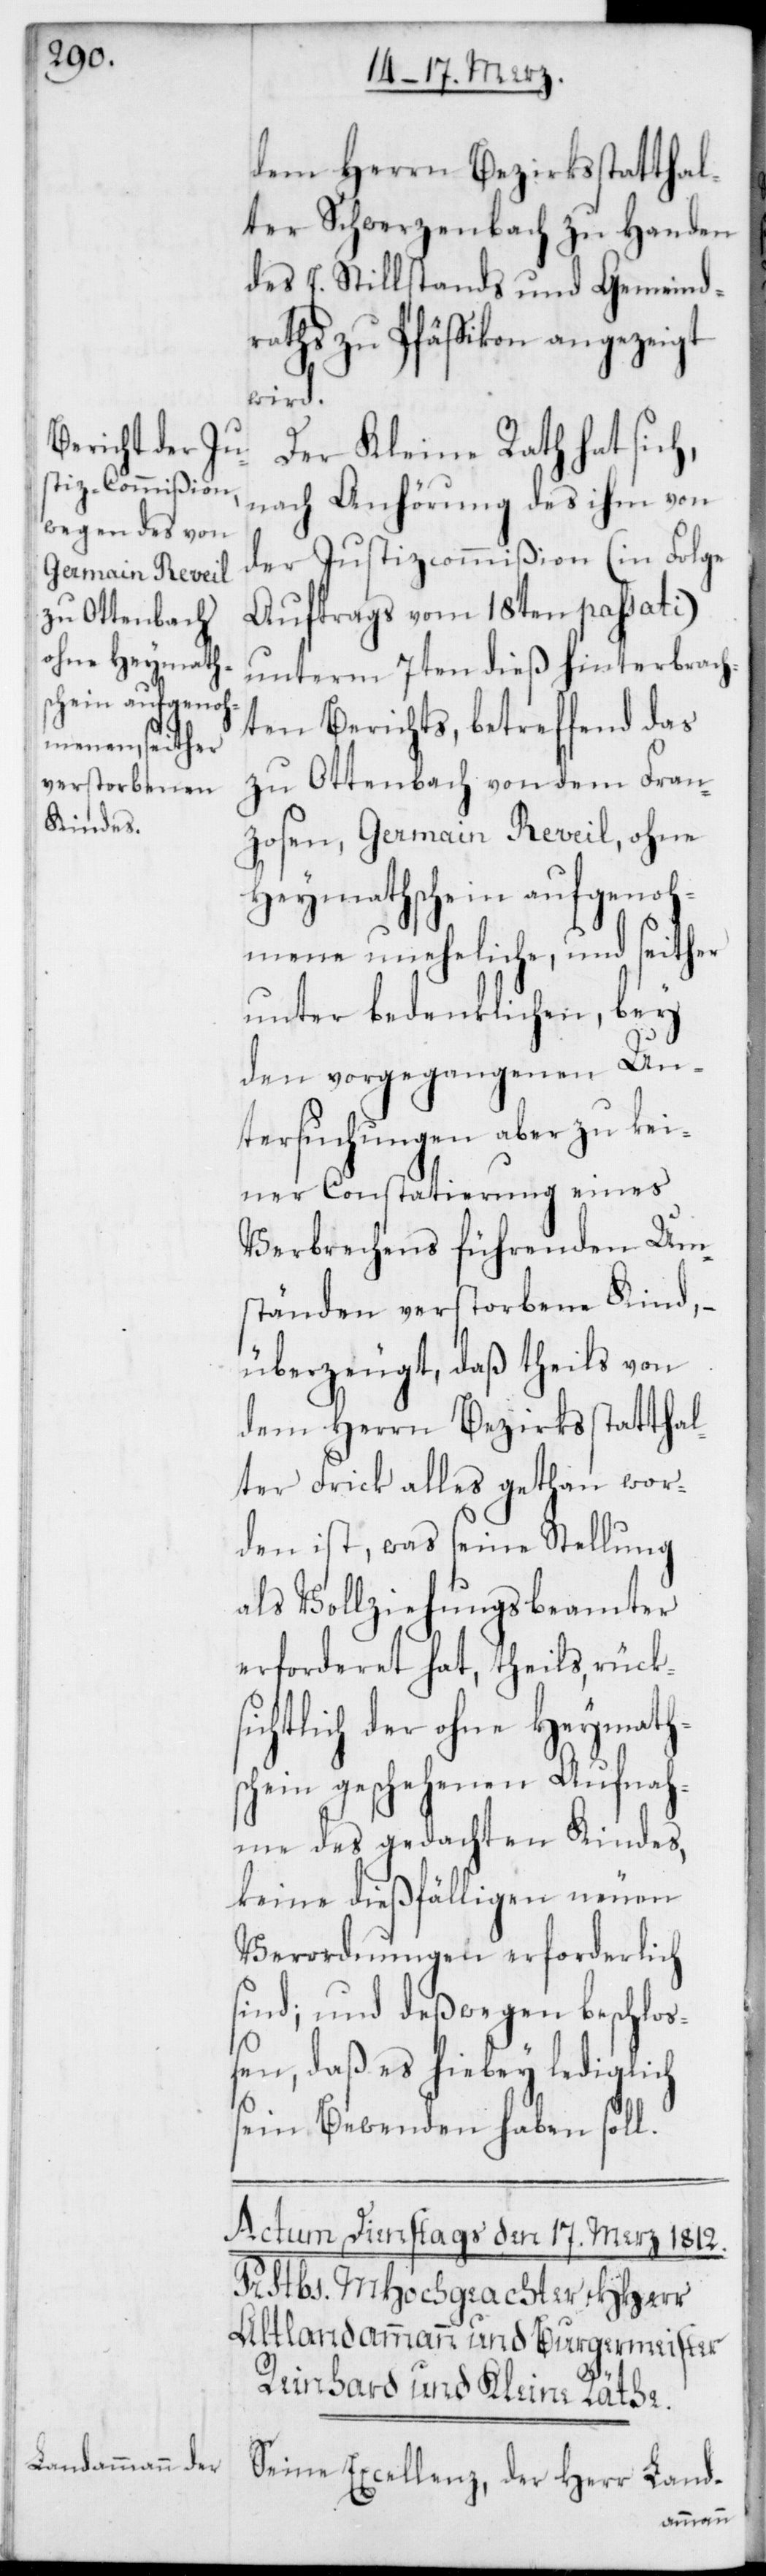
dem Herrn Bezirksstatthal¬
ter Schwerzenbach zu Handen
des E. Stillstands und Gemeind¬
raths zu Pfäffikon angezeigt
wird.
Der Kleine Rath hat sich,
nach Anhörung des ihm von
der Justizcommißion (in Folge
Auftrags vom 18ten passati)
unterm 7ten dieß hinterbrach¬
ten Berichts, betreffend das
zu Ottenbach von dem Fran¬
zosen, Germain Reveil, ohne
Heymathschein aufgenoh¬
mene, uneheliche, und seither
unter bedenklichen, bey
den vorgegangenen Un¬
tersuchungen aber zu kei¬
ner Constatierung eines
Verbrechens führenden Um¬
ständen verstorbene Kind, –
überzeugt, daß theils von
dem Herrn Bezirksstatthal¬
ter Frick alles gethan wor¬
den ist, was seine Stellung
als Vollziehungsbeamter
erforderet hat, theils rüks¬
ichtlich der ohne Heymath¬
schein geschehenen Aufnah¬
me des gedachten Kindes,
keine dießfälligen neuen
Verordnungen erforderlich
sind; und deßwegen beschloß¬
en, daß es hiebey lediglich
sein Bewenden haben soll.
Se. Excellenz, der Herr Land-